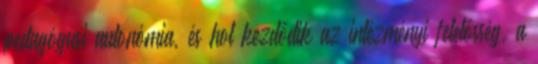
pedagógusi autonómia, és hol kezdődik az intézményi felelősség, a